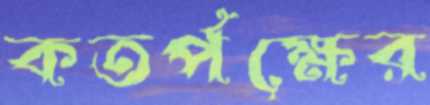
কতর্পক্ষের